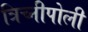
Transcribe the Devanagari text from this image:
त्रिच्नीपोली